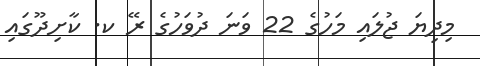
މިދިޔަ ޖުލައި މަހުގެ 22 ވަނަ ދުވަހުގެ ރޭ ކ. ކާށިދޫގައި